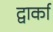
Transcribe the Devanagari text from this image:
द्वार्का